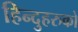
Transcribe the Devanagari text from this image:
हिन्दुहरुको